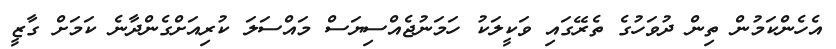
އެހެންކަމުން ތިން ދުވަހުގެ ތެރޭގައި ވަކީލަކު ހަމަނުޖެއްސިޔަސް މައްސަލަ ކުރިއަށްގެންދާނެ ކަމަށް ގާޒީ